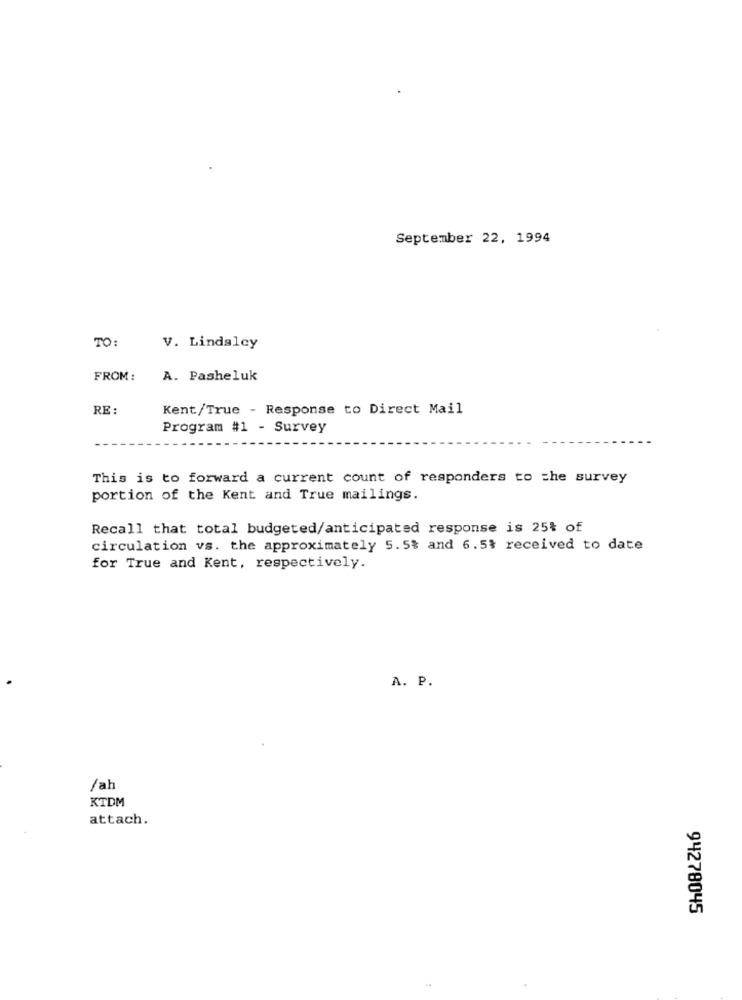
September 22, 1994
TO:
V. Lindalcy
FROM :
A. Pasheluk
RE :
Kent/True - Response to Direct Mail
Program #1 - Survey
This is to forward a current count of responders to the survey
portion of the Kent and True mailings.
Recall that total budgeted/anticipated response is 25% of
circulation vs. the approximately 5.5% and 6.5% received to date
for True and Kent, respectively.
A. P.
/ah
KTDM
attach.
94278045